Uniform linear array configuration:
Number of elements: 12
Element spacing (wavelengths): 0.75
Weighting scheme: uniform
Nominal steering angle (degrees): -15
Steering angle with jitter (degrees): -14.353
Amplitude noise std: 0.05
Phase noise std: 0.05

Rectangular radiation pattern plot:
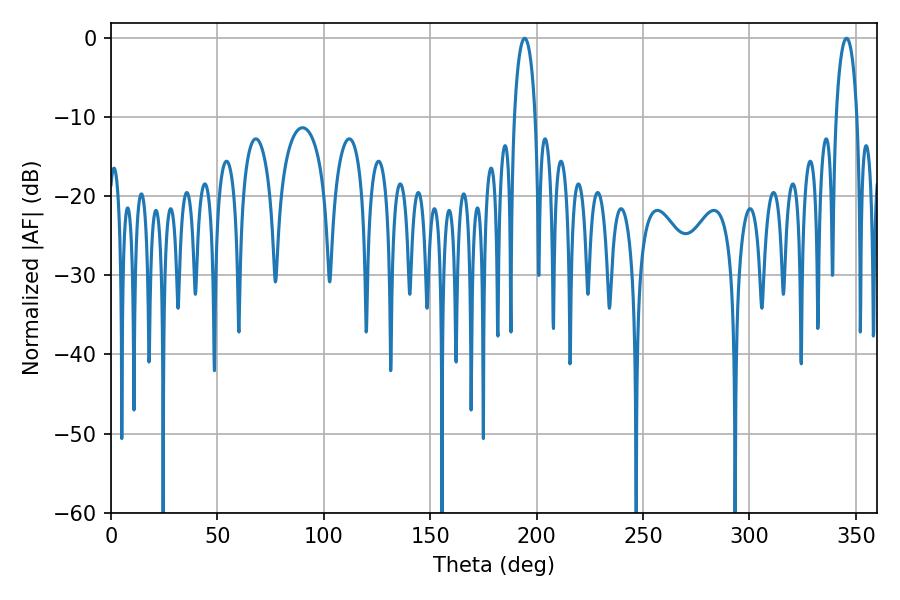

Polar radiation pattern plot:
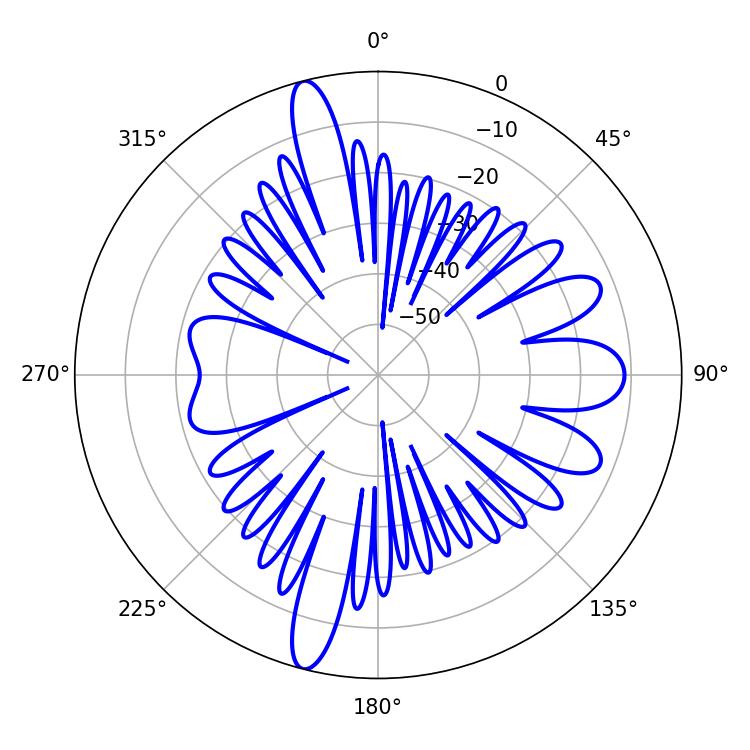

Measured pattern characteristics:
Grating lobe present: TRUE
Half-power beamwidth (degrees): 5.76
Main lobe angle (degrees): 194.4